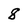
Character: 8